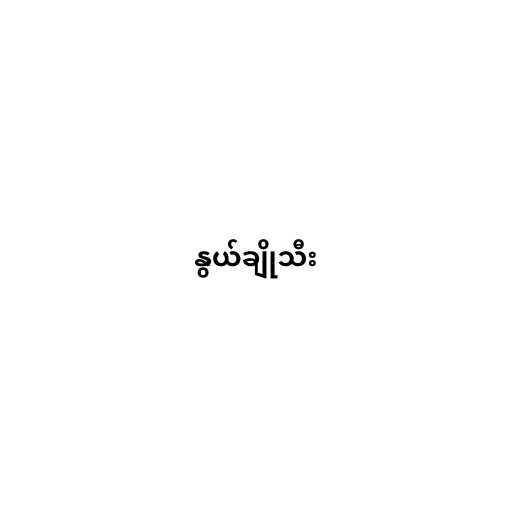
နွယ်ချိုသီး